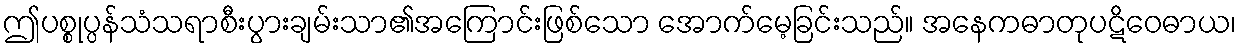
ဤပစ္စုပ္ပန်သံသရာစီးပွားချမ်းသာ၏အကြောင်းဖြစ်သော အောက်မေ့ခြင်းသည်။ အနေကဓာတုပဋိဝေဓာယ၊